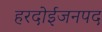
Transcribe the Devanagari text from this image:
हरदोईजनपद